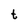
Character: t